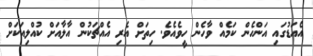
އެއަޑުގައި އަންހެން ކަމެއް ވާހެން ހީވެއެވެ. ހިތަށް އެރި އެއްޗަކުން އާލާއަށް ކުއްލިއަކަށް